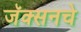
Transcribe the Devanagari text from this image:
जॅक्सनचे